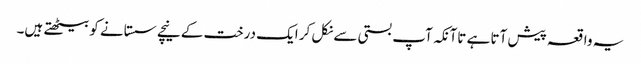
یہ واقعہ پیش آتا ہے تاآنکہ آپ بستی سے نکل کر ایک درخت کے نیچے سستانے کو بیٹھتے ہیں۔